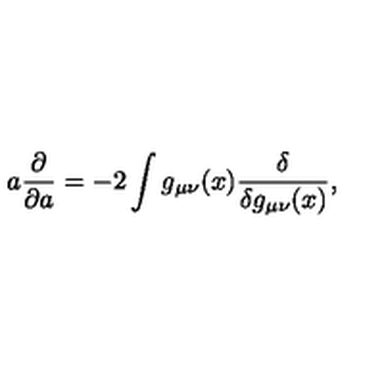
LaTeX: a { \frac { \partial } { \partial a } } = - 2 \int g _ { \mu \nu } ( x ) { \frac { \delta } { \delta g _ { \mu \nu } ( x ) } } ,